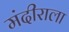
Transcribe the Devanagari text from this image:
मंदीराला